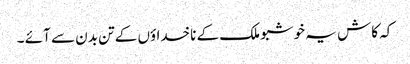
کہ کاش یہ خوشبو ملک کے ناخداؤں کے تن بدن سے آئے ۔